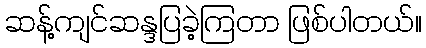
ဆန့်ကျင်ဆန္ဒပြခဲ့ကြတာ ဖြစ်ပါတယ်။